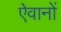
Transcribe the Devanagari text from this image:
ऐवानों